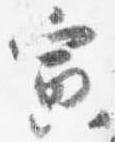
寅